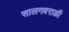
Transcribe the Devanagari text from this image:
सालगवराळी